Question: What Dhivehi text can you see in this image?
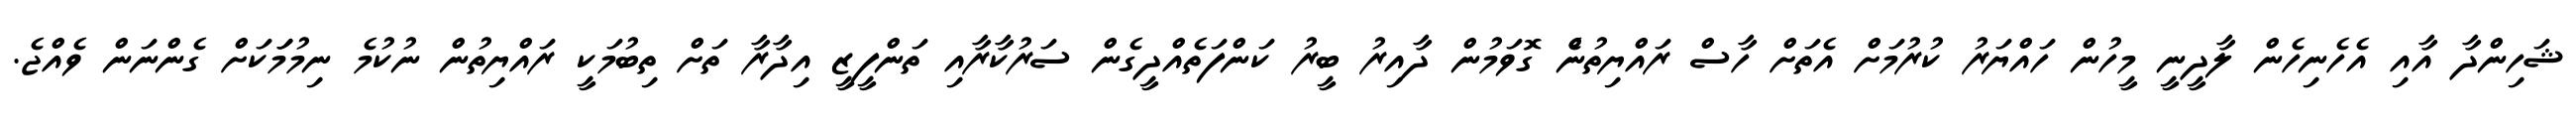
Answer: ޝަހިންދާ އާއި އެހެނިހެން ލާދީނީ މީހުން ހައްޔަރު ކުރުމަށް އެތަށް ހާސް ރައްޔިތުނެް ގޮވަމުން ދާއިރު ބީރު ކަންފަތެއްދީގެން ސަރުކާރާއި ތަންފީޒީ އިދާރާ ތަށް ތިބުމަކީ ރައްޔިތުން ނުކުމެ ނިމުމަަކަށް ގެންނަން ވެއްޖެ.